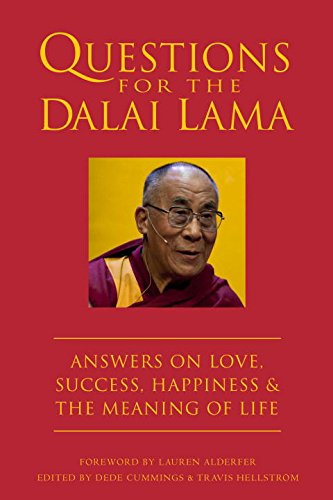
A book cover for Questions for the Dalai Lama: Answers on Love, Success, Happiness, & the Meaning of Life (Little Book. Big Idea.); Religion & Spirituality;